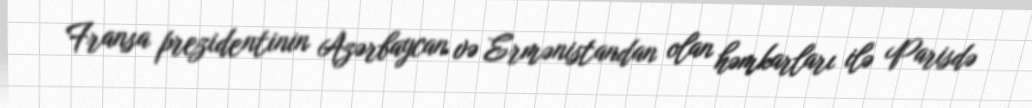
Fransa prezidentinin Azərbaycan və Ermənistandan olan həmkarları ilə Parisdə